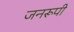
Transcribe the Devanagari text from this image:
जनरूपी